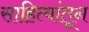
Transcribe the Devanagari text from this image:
साहित्यांतून